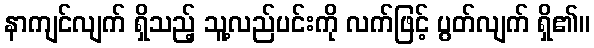
နာကျင်လျက် ရှိသည့် သူ့လည်ပင်းကို လက်ဖြင့် ပွတ်လျက် ရှိ၏။